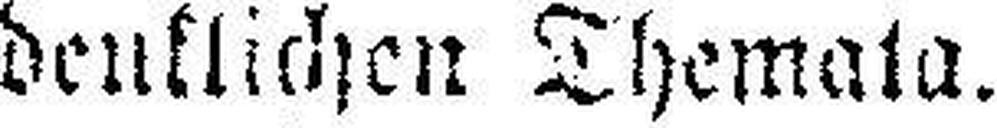
denklichen Themata.